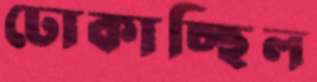
ঢোকাচ্ছিল